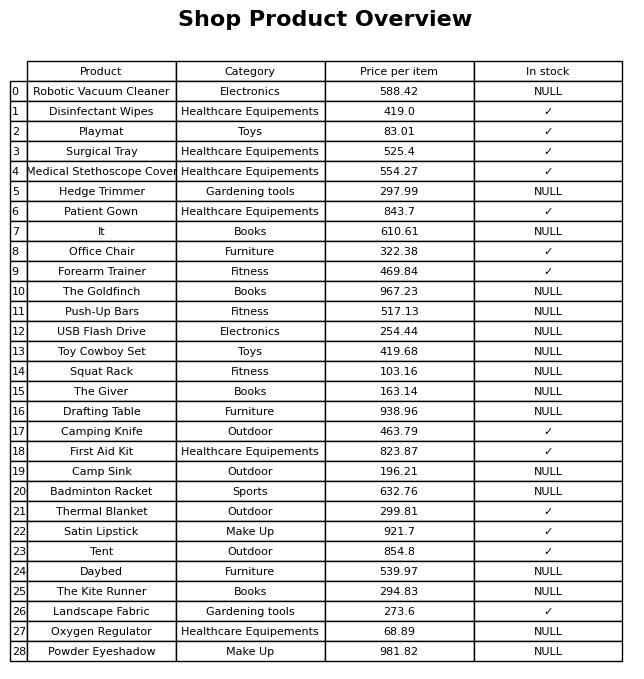
question: What is the price for Thermal Blanket?
answer: The price of Thermal Blanket is 299.81.